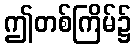
ဤတစ်ကြိမ်၌